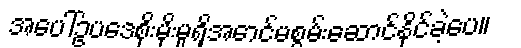
အပေါ်ဥပဒေစိုးမိုးမှုရှိအောင်မစွမ်းဆောင်နိုင်ခဲ့ပေ။